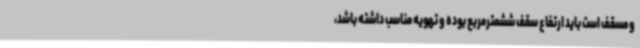
و مسقف است باید ارتفاع سقف ششمترمربع بوده و تهویه مناسب داشته باشد،